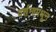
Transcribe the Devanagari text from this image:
दर्शनामधून